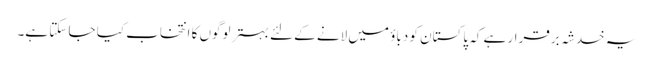
یہ خدشہ برقرار ہے کہ پاکستان کو دباؤ میں لانے کے لئے بہتر لوگوں کا انتخاب کیا جا سکتا ہے۔